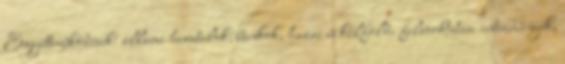
Együttmûködések: állami hivatalok, bankok, hazai és külföldi felsõoktatási intézmények,